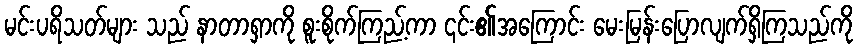
မင်းပရိသတ်များ သည် နာတာရှာကို စူးစိုက်ကြည့်ကာ ၎င်း၏အကြောင်း မေးမြန်းပြောလျက်ရှိကြသည်ကို